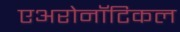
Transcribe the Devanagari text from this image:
एअरोनॉटिकल